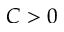
C > 0